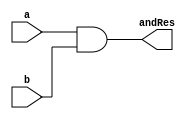
module and32 (a, b, andRes); // synopsys template
	parameter width = 32;
	
	input [0:width-1] a, b;
	output [0:width-1] andRes;
	
	assign andRes = a & b;
	
endmodule



module or32  (a, b, orRes); // synopsys template

	parameter width = 32;
	
	input [0:width-1] a, b;
	output [0:width-1] orRes;
	
	assign orRes = a | b;
	
endmodule




module xor32  (a, b, xorRes); // synopsys template

	parameter width = 32;
	
	input [0:width-1] a, b;
	output [0:width-1] xorRes;
	
	assign xorRes = a ^ b;
	
	
endmodule